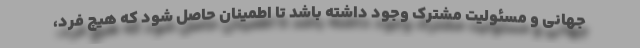
جهانی و مسئولیت مشترک وجود داشته باشد تا اطمینان حاصل شود که هیچ فرد،